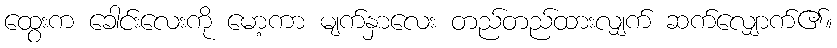
ထွေးက ခေါင်းလေးကို မော့ကာ မျက်နှာလေး တည်တည်ထားလျှက် ဆက်လျှောက်၏။